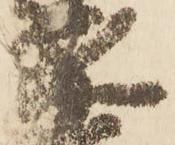
家